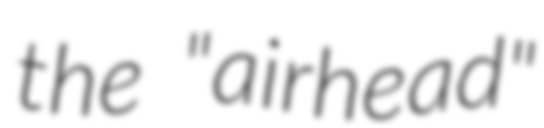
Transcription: the "airhead"